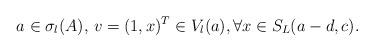
LaTeX: \begin{align*} a\in \sigma_l(A),\,v=(1,x)^T\in V_l(a), \forall x\in S_L(a-d,c).\end{align*}